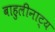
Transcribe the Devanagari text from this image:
बाहुलीनाट्य